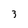
Character: 3